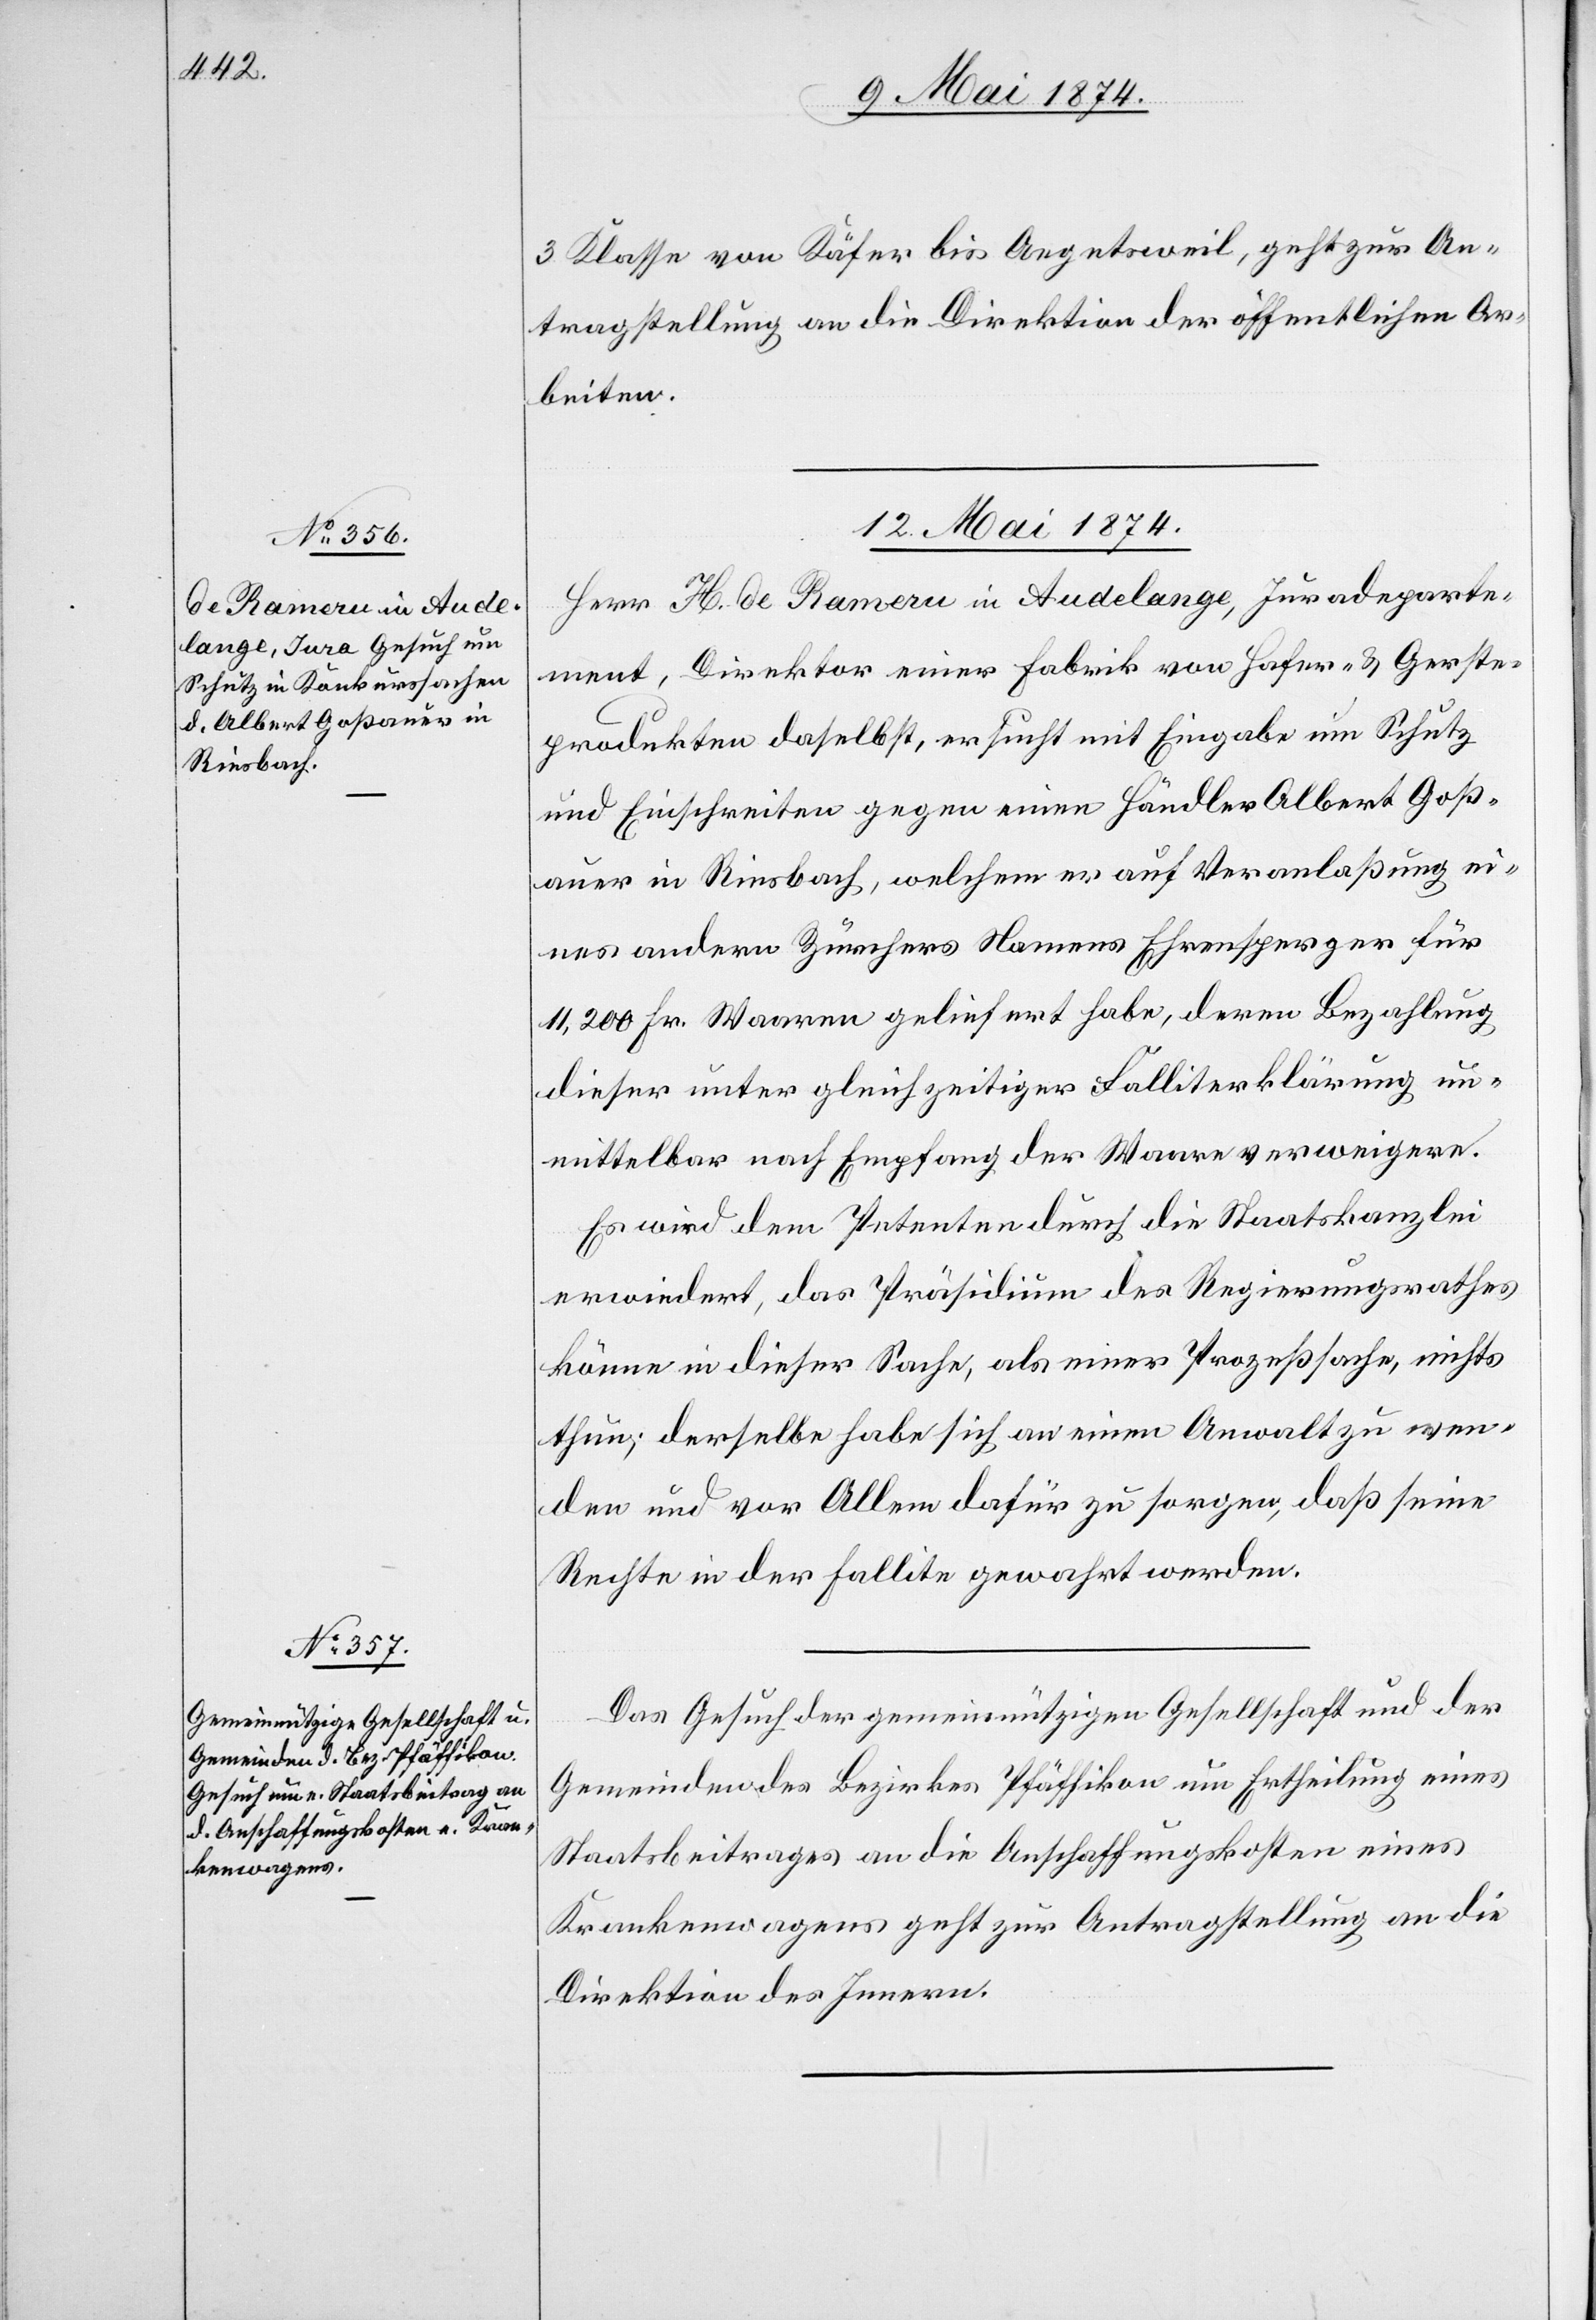
3. Klasse von Käfer bis Aegetsweil, geht zur An¬
tragstellung an die Direktion der öffentlichen Ar¬
beiten.
12. Mai 1874.]
Herr H. de Rameru in Audelange, Juradeparte¬
ment, Direktor einer Fabrik von Hafer- u. Gerste¬
produkten daselbst, ersucht mit Eingabe um Schutz
und Einschreiten gegen einen Händler Albert Groß¬
auer in Riesbach, welchem er auf Veranlaßung ei¬
nes andern Zürchers Namens Ehrensperger für
11,200 Fr. Waaren geliefert habe, deren Bezahlung
dieser unter gleichzeitiger Falliterklärung un¬
mittelbar nach Empfang der Waare verweigere.
Es wird dem Petenten durch die Staatskanzlei
erwiedert, das Präsidium des Regierungsrathes
könne in dieser Sache, als einer Prozeßsache, nichts
thun; derselbe habe sich an einen Anwalt zu wen¬
den und vor Allem dafür zu sorgen, daß seine
Rechte in der Fallite gewahrt werden.
Das Gesuch der gemeinnützigen Gesellschaft und der
Gemeinden des Bezirkes Pfäffikon um Ertheilung eines
Staatsbeitrages an die Anschaffungskosten eines
Krankenwagens geht zur Antragstellung an die
Direktion des Innern.